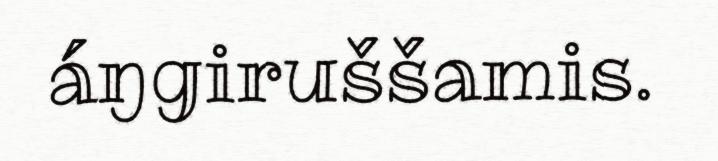
áŋgiruššamis.